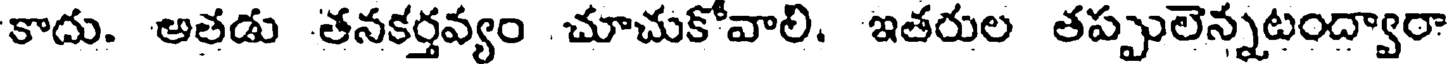
కాదు. అతడు తనకర్తవ్యం చూచుకోవాలి. ఇతరుల తప్పులెన్నటంద్వారా